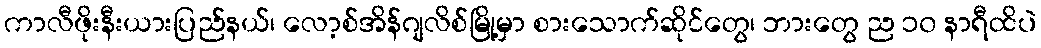
ကာလီဖိုးနီးယားပြည်နယ်၊ လော့စ်အိန်ဂျလိစ်မြို့မှာ စားသောက်ဆိုင်တွေ၊ ဘားတွေ ည ၁၀ နာရီထိပဲ